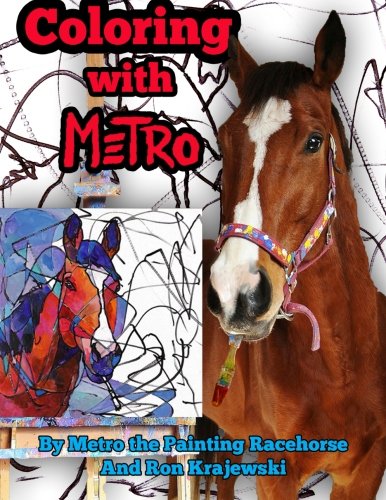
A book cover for Coloring with Metro: An Adult Coloring Book Designed by a Painting Horse; Ron Krajewski; Crafts, Hobbies & Home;